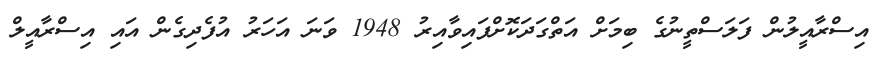
އިސްރާއީލުން ފަލަސްތީނުގެ ބިމަށް އަތްގަދަކޮށްފައިވާއިރު 1948 ވަނަ އަހަރު އުފެދިގެން އައި އިސްރާއީލް